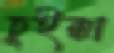
ঢুইক্কা